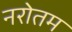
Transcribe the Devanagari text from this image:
नरोतम